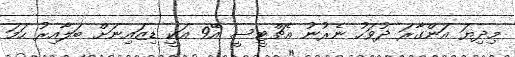
މިދިޔަ އަންގާރަ ދުވަހު ނެރުނު އެޗްޓީސީ އޭ9 އަކީ ޑިޒައިނަށް ބަލާއިރު ހަމަ